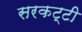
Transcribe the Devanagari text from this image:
सरकट्टी